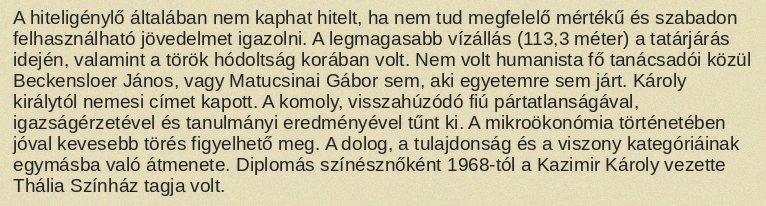
A hiteligénylő általában nem kaphat hitelt, ha nem tud megfelelő mértékű és szabadon felhasználható jövedelmet igazolni. A legmagasabb vízállás (113,3 méter) a tatárjárás idején, valamint a török hódoltság korában volt. Nem volt humanista fő tanácsadói közül Beckensloer János, vagy Matucsinai Gábor sem, aki egyetemre sem járt. Károly királytól nemesi címet kapott. A komoly, visszahúzódó fiú pártatlanságával, igazságérzetével és tanulmányi eredményével tűnt ki. A mikroökonómia történetében jóval kevesebb törés figyelhető meg. A dolog, a tulajdonság és a viszony kategóriáinak egymásba való átmenete. Diplomás színésznőként 1968-tól a Kazimir Károly vezette Thália Színház tagja volt.